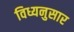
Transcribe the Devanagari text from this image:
विध्यनुसार